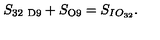
S _ { \mathrm { 3 2 \ D 9 } } + S _ { \mathrm { O 9 } } = S _ { I O _ { 3 2 } } .